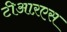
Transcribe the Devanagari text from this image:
टीआऱएस